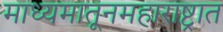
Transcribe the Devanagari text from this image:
माध्यमातूनमहाराष्ट्रात